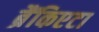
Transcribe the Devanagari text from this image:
ब्रैंकिएटा